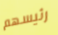
رئيسهم